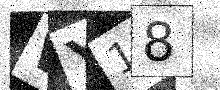
Text: WY18